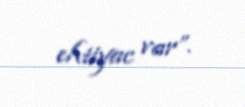
ehtiyac var”.